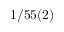
1 / 5 5 ( 2 )